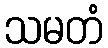
သမတံ